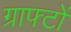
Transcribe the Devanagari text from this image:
ग्राफ्टों